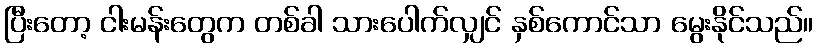
ပြီးတော့ ငါးမန်းတွေက တစ်ခါ သားပေါက်လျှင် နှစ်ကောင်သာ မွေးနိုင်သည်။